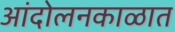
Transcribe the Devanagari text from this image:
आंदोलनकाळात